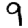
Digit: 9